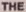
THE